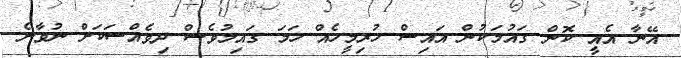
އޭނާ އެއީ ކޮން ގައުމަކުން އަައިސް ހުރިމީހެއް ހަމަ ގައިމުވެސް ދިވެއްސަކަށް ނުވާނެ